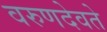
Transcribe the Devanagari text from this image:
वरुणदेवते